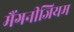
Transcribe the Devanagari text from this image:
मैंगनीजियम